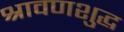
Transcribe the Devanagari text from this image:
श्रावणशुद्ध